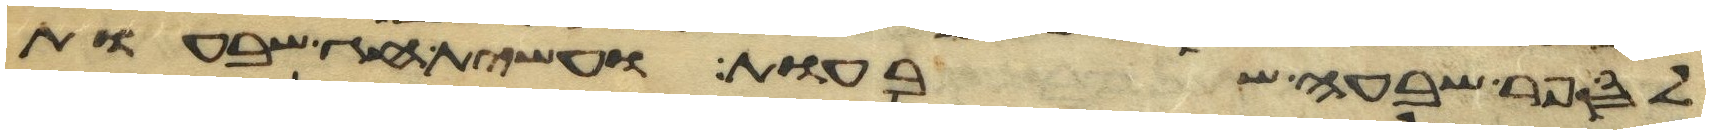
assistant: לספר שבעה שבעות ועשית חג שבעות